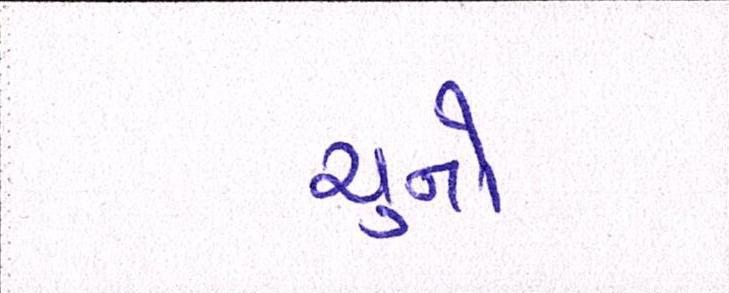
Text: ચુનો